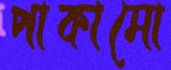
পাকামো